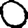
Digit: 0